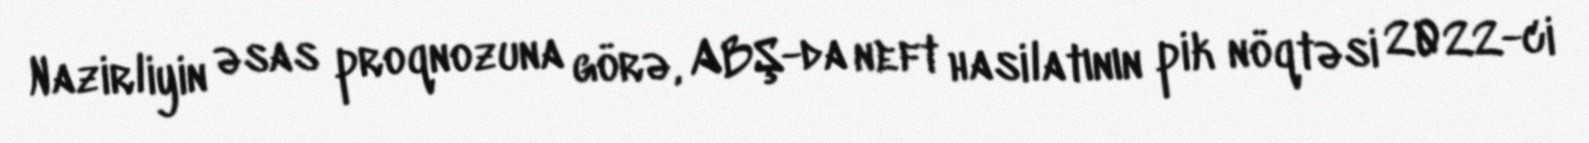
Nazirliyin əsas proqnozuna görə, ABŞ-da neft hasilatının pik nöqtəsi 2022-ci